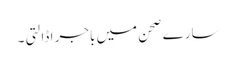
سارے صحن میں باجر ا ڈالتی ۔